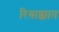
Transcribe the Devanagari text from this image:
रियाझात